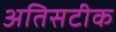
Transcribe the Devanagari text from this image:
अतिसटीक